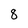
Character: 8